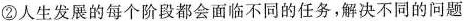
②人生发展的每个阶段都会面临不同的任务，解决不同的问题